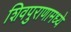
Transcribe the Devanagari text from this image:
शिवपुराणामध्ये